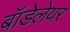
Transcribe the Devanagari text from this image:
बॉडेलेयर